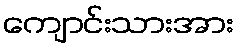
ကျောင်းသားအား